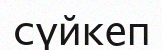
сүйкеп